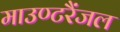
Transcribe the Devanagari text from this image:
माउण्टरैंजल